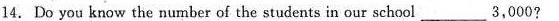
14.Do you know the number of the students in our school ___ 3,000?